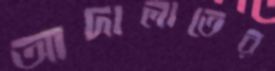
আদালাতের